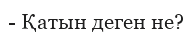
- Қатын деген не?